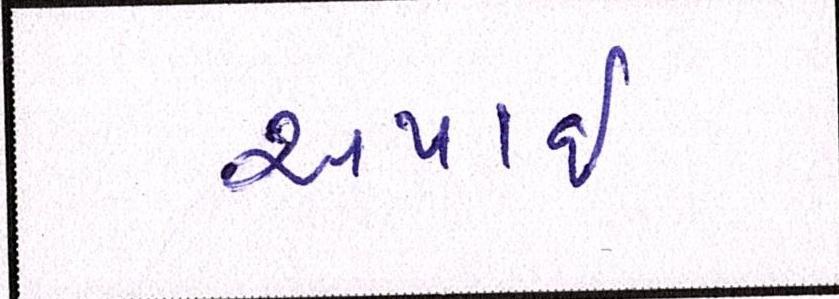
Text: અપાઇ